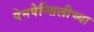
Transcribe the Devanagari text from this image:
पेनपेन्सिलीच्या